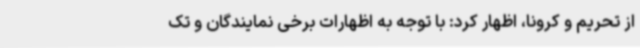
از تحریم و کرونا، اظهار کرد: با توجه به اظهارات برخی نمایندگان و تک